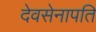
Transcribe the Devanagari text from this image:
देवसेनापति